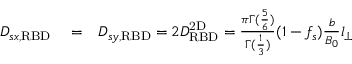
\begin{array} { r l r } { D _ { s x , \mathrm { R B D } } } & { { } = } & { D _ { s y , \mathrm { R B D } } = 2 D _ { \mathrm { R B D } } ^ { \mathrm { 2 D } } = \frac { \pi \Gamma ( \frac { 5 } { 6 } ) } { \Gamma ( \frac { 1 } { 3 } ) } ( 1 - f _ { s } ) \frac { b } { B _ { 0 } } l _ { \perp } } \end{array}